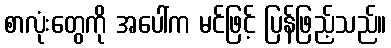
စာလုံးတွေကို အပေါ်က မင်ဖြင့် ပြန်ဖြည့်သည်။